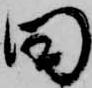
田